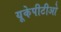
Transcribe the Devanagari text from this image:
यूकेपीटीओ